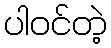
ပါဝင်တဲ့